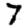
Digit: 7